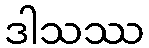
ဒါသဿ